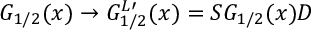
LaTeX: G _ { 1 / 2 } ( x ) \rightarrow G _ { 1 / 2 } ^ { L \prime } ( x ) = S G _ { 1 / 2 } ( x ) D